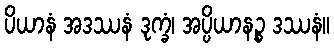
ပိယာနံ အဒဿနံ ဒုက္ခံ၊ အပ္ပိယာနဉ္စ ဒဿနံ။